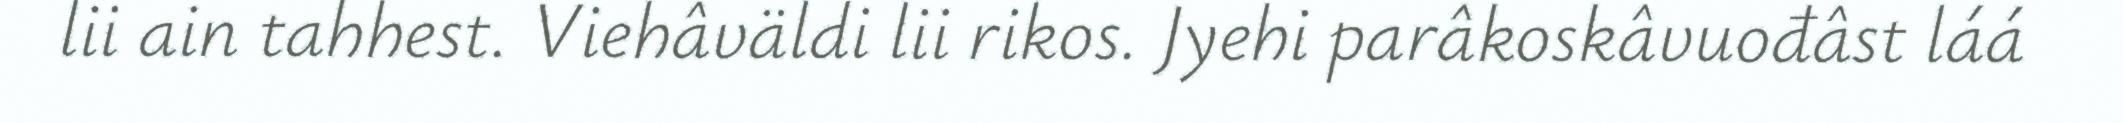
lii ain tahhest. Viehâväldi lii rikos. Jyehi parâkoskâvuođâst láá